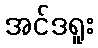
အင်ဒရူး